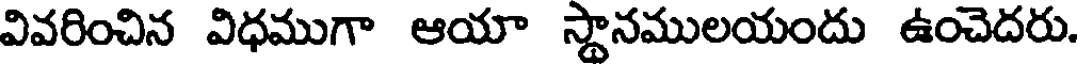
వివరించిన విధముగా ఆయా స్థానములయందు ఉంచెదరు.